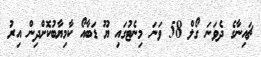
ޗައިނާގެ ދެވަނަ ގޯލް 58 ވަނަ މިނެޓުގައި ޔޫ ޑަބާއޯ ކާމިޔާބުކޮށްދިން އިރު